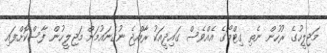
މަޖިލީހުގެ ރުހުން ނެތި ގިޓްމޯގެ އެއްވެސް ގައިދީއަކު ރާއްޖެ ނުގެނައުމަށް މަޖިލީހުން ފާސްކޮށްފައި